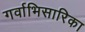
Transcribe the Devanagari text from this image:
गर्वाभिसारिका